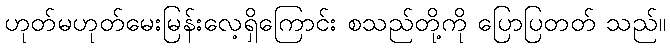
ဟုတ်မဟုတ်မေးမြန်းလေ့ရှိကြောင်း စသည်တို့ကို ပြောပြတတ် သည်။